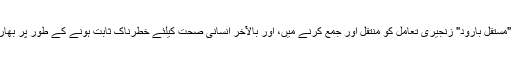
(3) ماحولیاتی آلودگی - حیاتیاتی میں "مستقل بارود" زنجیری تعامل کو منتقل اور جمع کرنے میں، اور بالآخر انسانی صحت کیلئے خطرناک ثابت ہونے کے طور پر بھاری دھاتوں میں گندے الیکٹروپلاٹنگ ۔